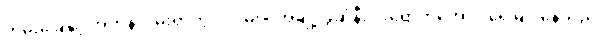
ကမ်းခြေနှင့် အတန်လှမ်းရာတွင် လမုပင်အချို့ ခွဆုံနီးပါးရောက်အောင် ရေမြုပ်နေသည်။